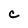
Character: C